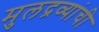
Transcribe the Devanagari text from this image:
मुलद्रव्यांची